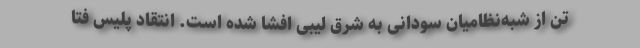
تن از شبه‌نظامیان سودانی به شرق لیبی افشا شده است. انتقاد پلیس فتا